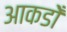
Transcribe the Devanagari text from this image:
आकडोँ